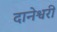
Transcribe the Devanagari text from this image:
दानेश्वरी